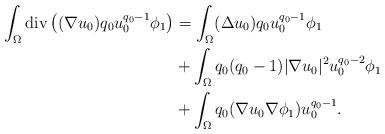
LaTeX: \begin{align*}\int_{\Omega}\mathrm{div}\left( (\nabla u_{0})q_{0}u_{0}^{q_{0}-1}\phi_{1}\right) & =\int_{\Omega}(\Delta u_{0})q_{0}u_{0}^{q_{0}-1}\phi_{1}\\& +\int_{\Omega}q_{0}(q_{0}-1)|\nabla u_{0}|^{2}u_{0}^{q_{0}-2}\phi_{1}\\& +\int_{\Omega}q_{0}(\nabla u_{0}\nabla\phi_{1})u_{0}^{q_{0}-1}.\end{align*}